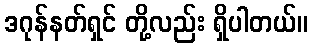
ဒဂုန်နတ်ရှင် တို့လည်း ရှိပါတယ်။